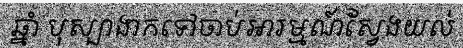
ឆ្នាំ បុស្បាងាកទៅចាប់អារម្មណ៍ស្វែងយល់